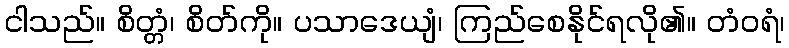
ငါသည်။ စိတ္တံ၊ စိတ်ကို။ ပသာဒေယျံ၊ ကြည်စေနိုင်ရလို၏။ တံဝရံ၊